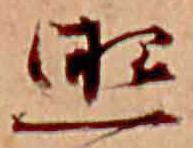
照